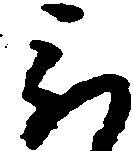
被